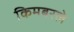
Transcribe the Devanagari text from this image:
किमबरले